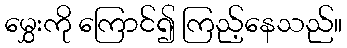
မွှေးကို ကြောင်၍ ကြည့်နေသည်။